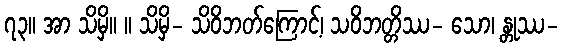
၇၃။ အာ သိမှိ။ ။ သိမှိ- သိဝိဘတ်ကြောင့်၊ သဝိဘတ္တိဿ- သော၊ န္တုဿ-